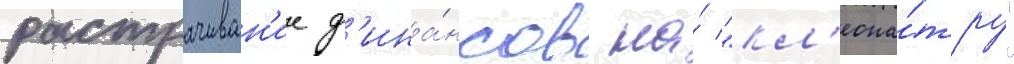
растрачиван'ие ф'ина́нсов на́ "кл'еопа́тру"